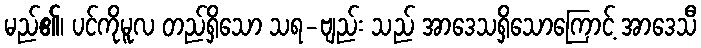
မည်၏၊ ပင်ကိုမူလ တည်ရှိသော သရ-ဗျည်း သည် အာဒေသရှိသောကြောင့် အာဒေသီ